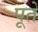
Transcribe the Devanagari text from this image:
पूते